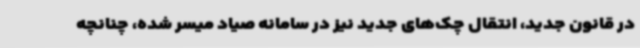
در قانون جدید، انتقال چک‌های جدید نیز در سامانه صیاد میسر شده، چنانچه